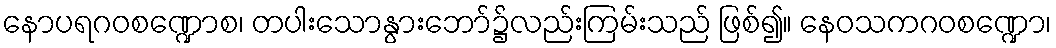
နောပရဂဝစဏ္ဍောစ၊ တပါးသောနွားဘော်၌လည်းကြမ်းသည် ဖြစ်၍။ နေဝသကဂဝစဏ္ဍော၊